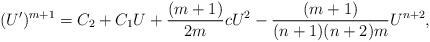
LaTeX: \begin{align*}(U')^{m+1} = C_2 + C_1 U + \frac{(m+1)}{2m}c U^2 - \frac{(m+1)}{(n+1)(n+2)m}U^{n+2},\end{align*}